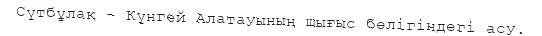
Сүтбұлақ – Күнгей Алатауының шығыс бөлігіндегі асу.